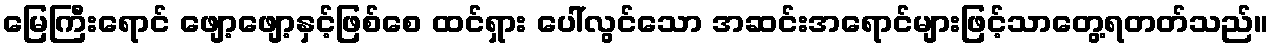
မြေကြီးရောင် ဖျော့ဖျော့နှင့်ဖြစ်စေ ထင်ရှား ပေါ်လွင်သော အဆင်းအရောင်များဖြင့်သာတွေ့ရတတ်သည်။